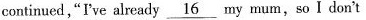
continued,“I've alrendy \underline{16} my mum, so I don't